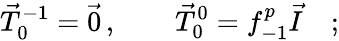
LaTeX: \vec{T}_{0}^{-1}=\vec{0}\, ,\qquad\vec{T}_{0}^{0}=f_{-1}^{p}\vec{I}\quad;